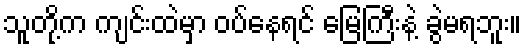
သူတို့က ကျင်းထဲမှာ ဝပ်နေရင် မြေကြီးနဲ့ ခွဲမရဘူး။